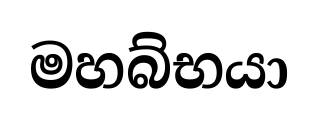
මහබ්භයා